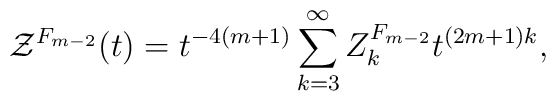
{\cal Z}^{F_{m-2}}(t)=t^{-4(m+1)}\sum_{k=3}^\infty{Z}_k^{F_{m-2}}t^{(2m+1)k},